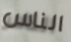
الناس